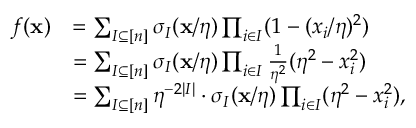
\begin{array} { r l } { f ( \mathbf { x } ) } & { = \sum _ { I \subseteq [ n ] } \sigma _ { I } ( \mathbf { x } / \eta ) \prod _ { i \in I } ( 1 - ( x _ { i } / \eta ) ^ { 2 } ) } \\ & { = \sum _ { I \subseteq [ n ] } \sigma _ { I } ( \mathbf { x } / \eta ) \prod _ { i \in I } \frac { 1 } { \eta ^ { 2 } } ( \eta ^ { 2 } - x _ { i } ^ { 2 } ) } \\ & { = \sum _ { I \subseteq [ n ] } \eta ^ { - 2 | I | } \cdot \sigma _ { I } ( \mathbf { x } / \eta ) \prod _ { i \in I } ( \eta ^ { 2 } - x _ { i } ^ { 2 } ) , } \end{array}